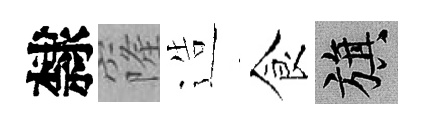
隸窿造食旗